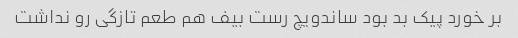
بر خورد پیک بد بود ساندویچ رست بیف هم طعم تازگی رو نداشت